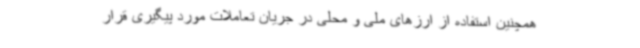
همچنین استفاده از ارزهای ملی و محلی در جریان تعاملات مورد پیگیری قرار